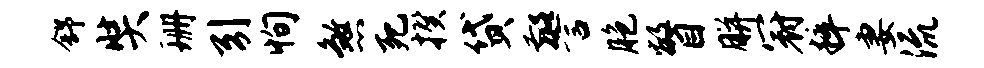
舒奘珊引恂煞死揆贷警胞瞥胼冠粹妻流